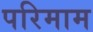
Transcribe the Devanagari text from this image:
परिमाम